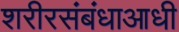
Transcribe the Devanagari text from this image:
शरीरसंबंधाआधी